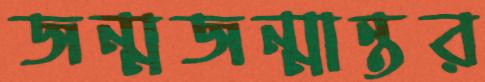
জন্মজন্মান্তর